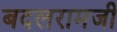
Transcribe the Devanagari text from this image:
बदलरामजी